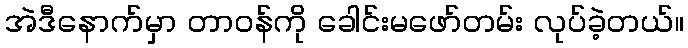
အဲဒီနောက်မှာ တာဝန်ကို ခေါင်းမဖော်တမ်း လုပ်ခဲ့တယ်။